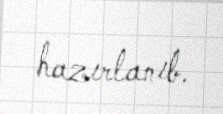
hazırlanıb.